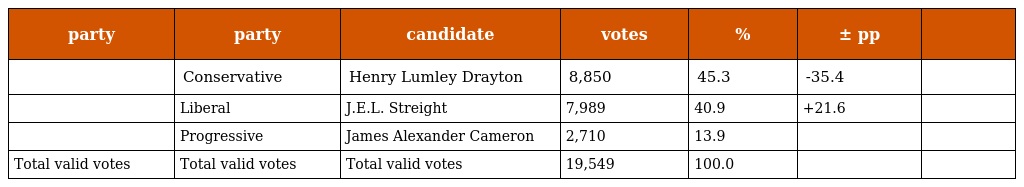
| party | party | candidate | votes | % | ± pp |  |
 | --- | --- | --- | --- | --- | --- | --- |
 |  | Conservative | Henry Lumley Drayton | 8,850 | 45.3 | -35.4 |  |
 |  | Liberal | J.E.L. Streight | 7,989 | 40.9 | +21.6 |  |
 |  | Progressive | James Alexander Cameron | 2,710 | 13.9 |  |  |
 | Total valid votes | Total valid votes | Total valid votes | 19,549 | 100.0 |  |  |